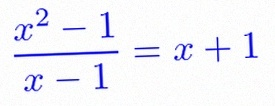
\frac{x^2-1}{x-1}=x+1